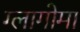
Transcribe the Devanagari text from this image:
ग्लागोमा